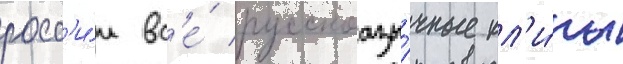
росс'и́и вс'е́ русскоазы́чные кл'и́пы